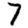
Digit: 7